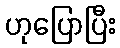
ဟုပြောပြီး